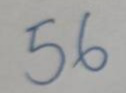
56